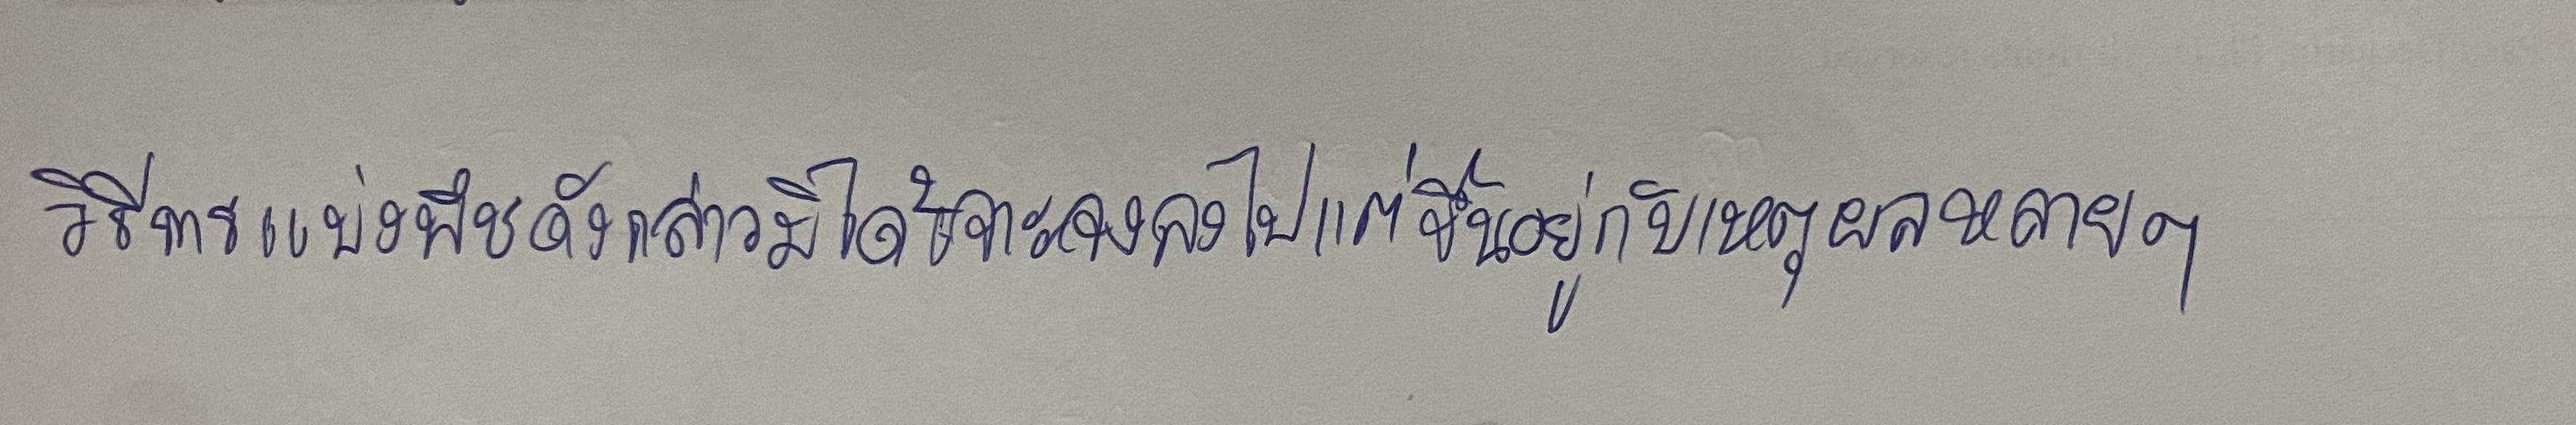
วิธีการแบ่งพืชดังกล่าวมิได้เจาะจงลงไปแต่ขึ้นอยู่กับเหตุผลหลายๆ